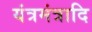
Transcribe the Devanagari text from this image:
यंत्रमंत्रादि